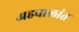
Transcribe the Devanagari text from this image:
अहवालांत